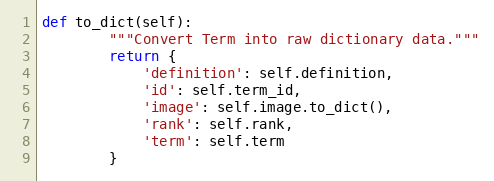
Language: Python
def to_dict(self):
        """Convert Term into raw dictionary data."""
        return {
            'definition': self.definition,
            'id': self.term_id,
            'image': self.image.to_dict(),
            'rank': self.rank,
            'term': self.term
        }